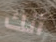
أنك